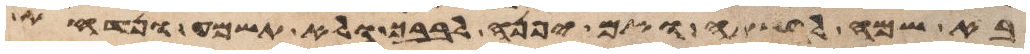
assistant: בא שמה לרשתה ואם יפנה לבבך ולא תשמע ונדחת